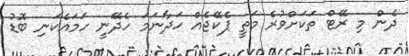
ދެން މި ރޭޓް ތަކަށްވުރެ މަތީ ޕެކޭޖެއް ހަދާނަމަ ހެދޭނީ ހަމައެކަނި ބޮޑު